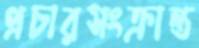
প্রচারসংক্রান্ত